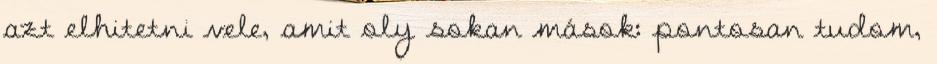
azt elhitetni vele, amit oly sokan mások: pontosan tudom,